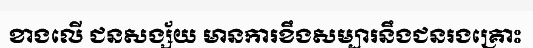
ខាងលើ ជនសង្ស័យ មានការខឹងសម្បារនឹងជនរងគ្រោះ